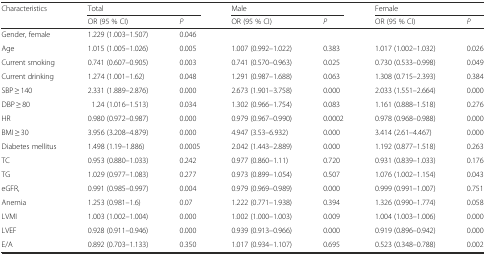
<table><thead><tr><td rowspan="2"><b>Characteristics</b></td><td colspan="2"><b>Total</b></td><td colspan="2"><b>Male</b></td><td colspan="2"><b>Female</b></td></tr><tr><td><b>OR (95 % CI)</b></td><td><b><i>P</i></b></td><td><b>OR (95 % CI)</b></td><td><b><i>P</i></b></td><td><b>OR (95 % CI)</b></td><td><b><i>P</i></b></td></tr></thead><tbody><tr><td>Gender, female</td><td>1.229 (1.003–1.507)</td><td>0.046</td><td></td><td></td><td></td><td></td></tr><tr><td>Age</td><td>1.015 (1.005–1.026)</td><td>0.005</td><td>1.007 (0.992–1.022)</td><td>0.383</td><td>1.017 (1.002–1.032)</td><td>0.026</td></tr><tr><td>Current smoking</td><td>0.741 (0.607–0.905)</td><td>0.003</td><td>0.741 (0.570–0.963)</td><td>0.025</td><td>0.730 (0.533–0.998)</td><td>0.049</td></tr><tr><td>Current drinking</td><td>1.274 (1.001–1.62)</td><td>0.048</td><td>1.291 (0.987–1.688)</td><td>0.063</td><td>1.308 (0.715–2.393)</td><td>0.384</td></tr><tr><td>SBP ≥ 140</td><td>2.331 (1.889–2.876)</td><td>0.000</td><td>2.673 (1.901–3.758)</td><td>0.000</td><td>2.033 (1.551–2.664)</td><td>0.000</td></tr><tr><td>DBP ≥ 80</td><td>1.24 (1.016–1.513)</td><td>0.034</td><td>1.302 (0.966–1.754)</td><td>0.083</td><td>1.161 (0.888–1.518)</td><td>0.276</td></tr><tr><td>HR</td><td>0.980 (0.972–0.987)</td><td>0.000</td><td>0.979 (0.967–0.990)</td><td>0.0002</td><td>0.978 (0.968–0.988)</td><td>0.000</td></tr><tr><td>BMI ≥ 30</td><td>3.956 (3.208–4.879)</td><td>0.000</td><td>4.947 (3.53–6.932)</td><td>0.000</td><td>3.414 (2.61–4.467)</td><td>0.000</td></tr><tr><td>Diabetes mellitus</td><td>1.498 (1.19–1.886)</td><td>0.0005</td><td>2.042 (1.443–2.889)</td><td>0.000</td><td>1.192 (0.877–1.518)</td><td>0.263</td></tr><tr><td>TC</td><td>0.953 (0.880–1.033)</td><td>0.242</td><td>0.977 (0.860–1.11)</td><td>0.720</td><td>0.931 (0.839–1.033)</td><td>0.176</td></tr><tr><td>TG</td><td>1.029 (0.977–1.083)</td><td>0.277</td><td>0.973 (0.899–1.054)</td><td>0.507</td><td>1.076 (1.002–1.154)</td><td>0.043</td></tr><tr><td>eGFR,</td><td>0.991 (0.985–0.997)</td><td>0.004</td><td>0.979 (0.969–0.989)</td><td>0.000</td><td>0.999 (0.991–1.007)</td><td>0.751</td></tr><tr><td>Anemia</td><td>1.253 (0.981–1.6)</td><td>0.07</td><td>1.222 (0.771–1.938)</td><td>0.394</td><td>1.326 (0.990–1.774)</td><td>0.058</td></tr><tr><td>LVMI</td><td>1.003 (1.002–1.004)</td><td>0.000</td><td>1.002 (1.000–1.003)</td><td>0.009</td><td>1.004 (1.003–1.006)</td><td>0.000</td></tr><tr><td>LVEF</td><td>0.928 (0.911–0.946)</td><td>0.000</td><td>0.939 (0.913–0.966)</td><td>0.000</td><td>0.919 (0.896–0.942)</td><td>0.000</td></tr><tr><td>E/A</td><td>0.892 (0.703–1.133)</td><td>0.350</td><td>1.017 (0.934–1.107)</td><td>0.695</td><td>0.523 (0.348–0.788)</td><td>0.002</td></tr></tbody></table>